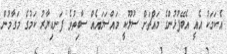
އެކަމަކު އެއީ އެބޭފުޅުންގެ މައްޗަށް ސުލޫކީ މައްސަލައެއް ސާބިތުވެ ފަނޑިޔާރު ކަމުގެ މަގާމުން